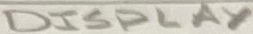
Text: DISPLAY